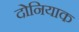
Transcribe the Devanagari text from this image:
दोनियाक